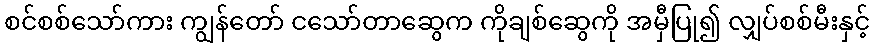
စင်စစ်သော်ကား ကျွန်တော် ငသော်တာဆွေက ကိုချစ်ဆွေကို အမှီပြု၍ လျှပ်စစ်မီးနှင့်